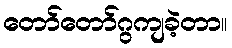
တော်တော်ဂွကျခဲ့တာ။